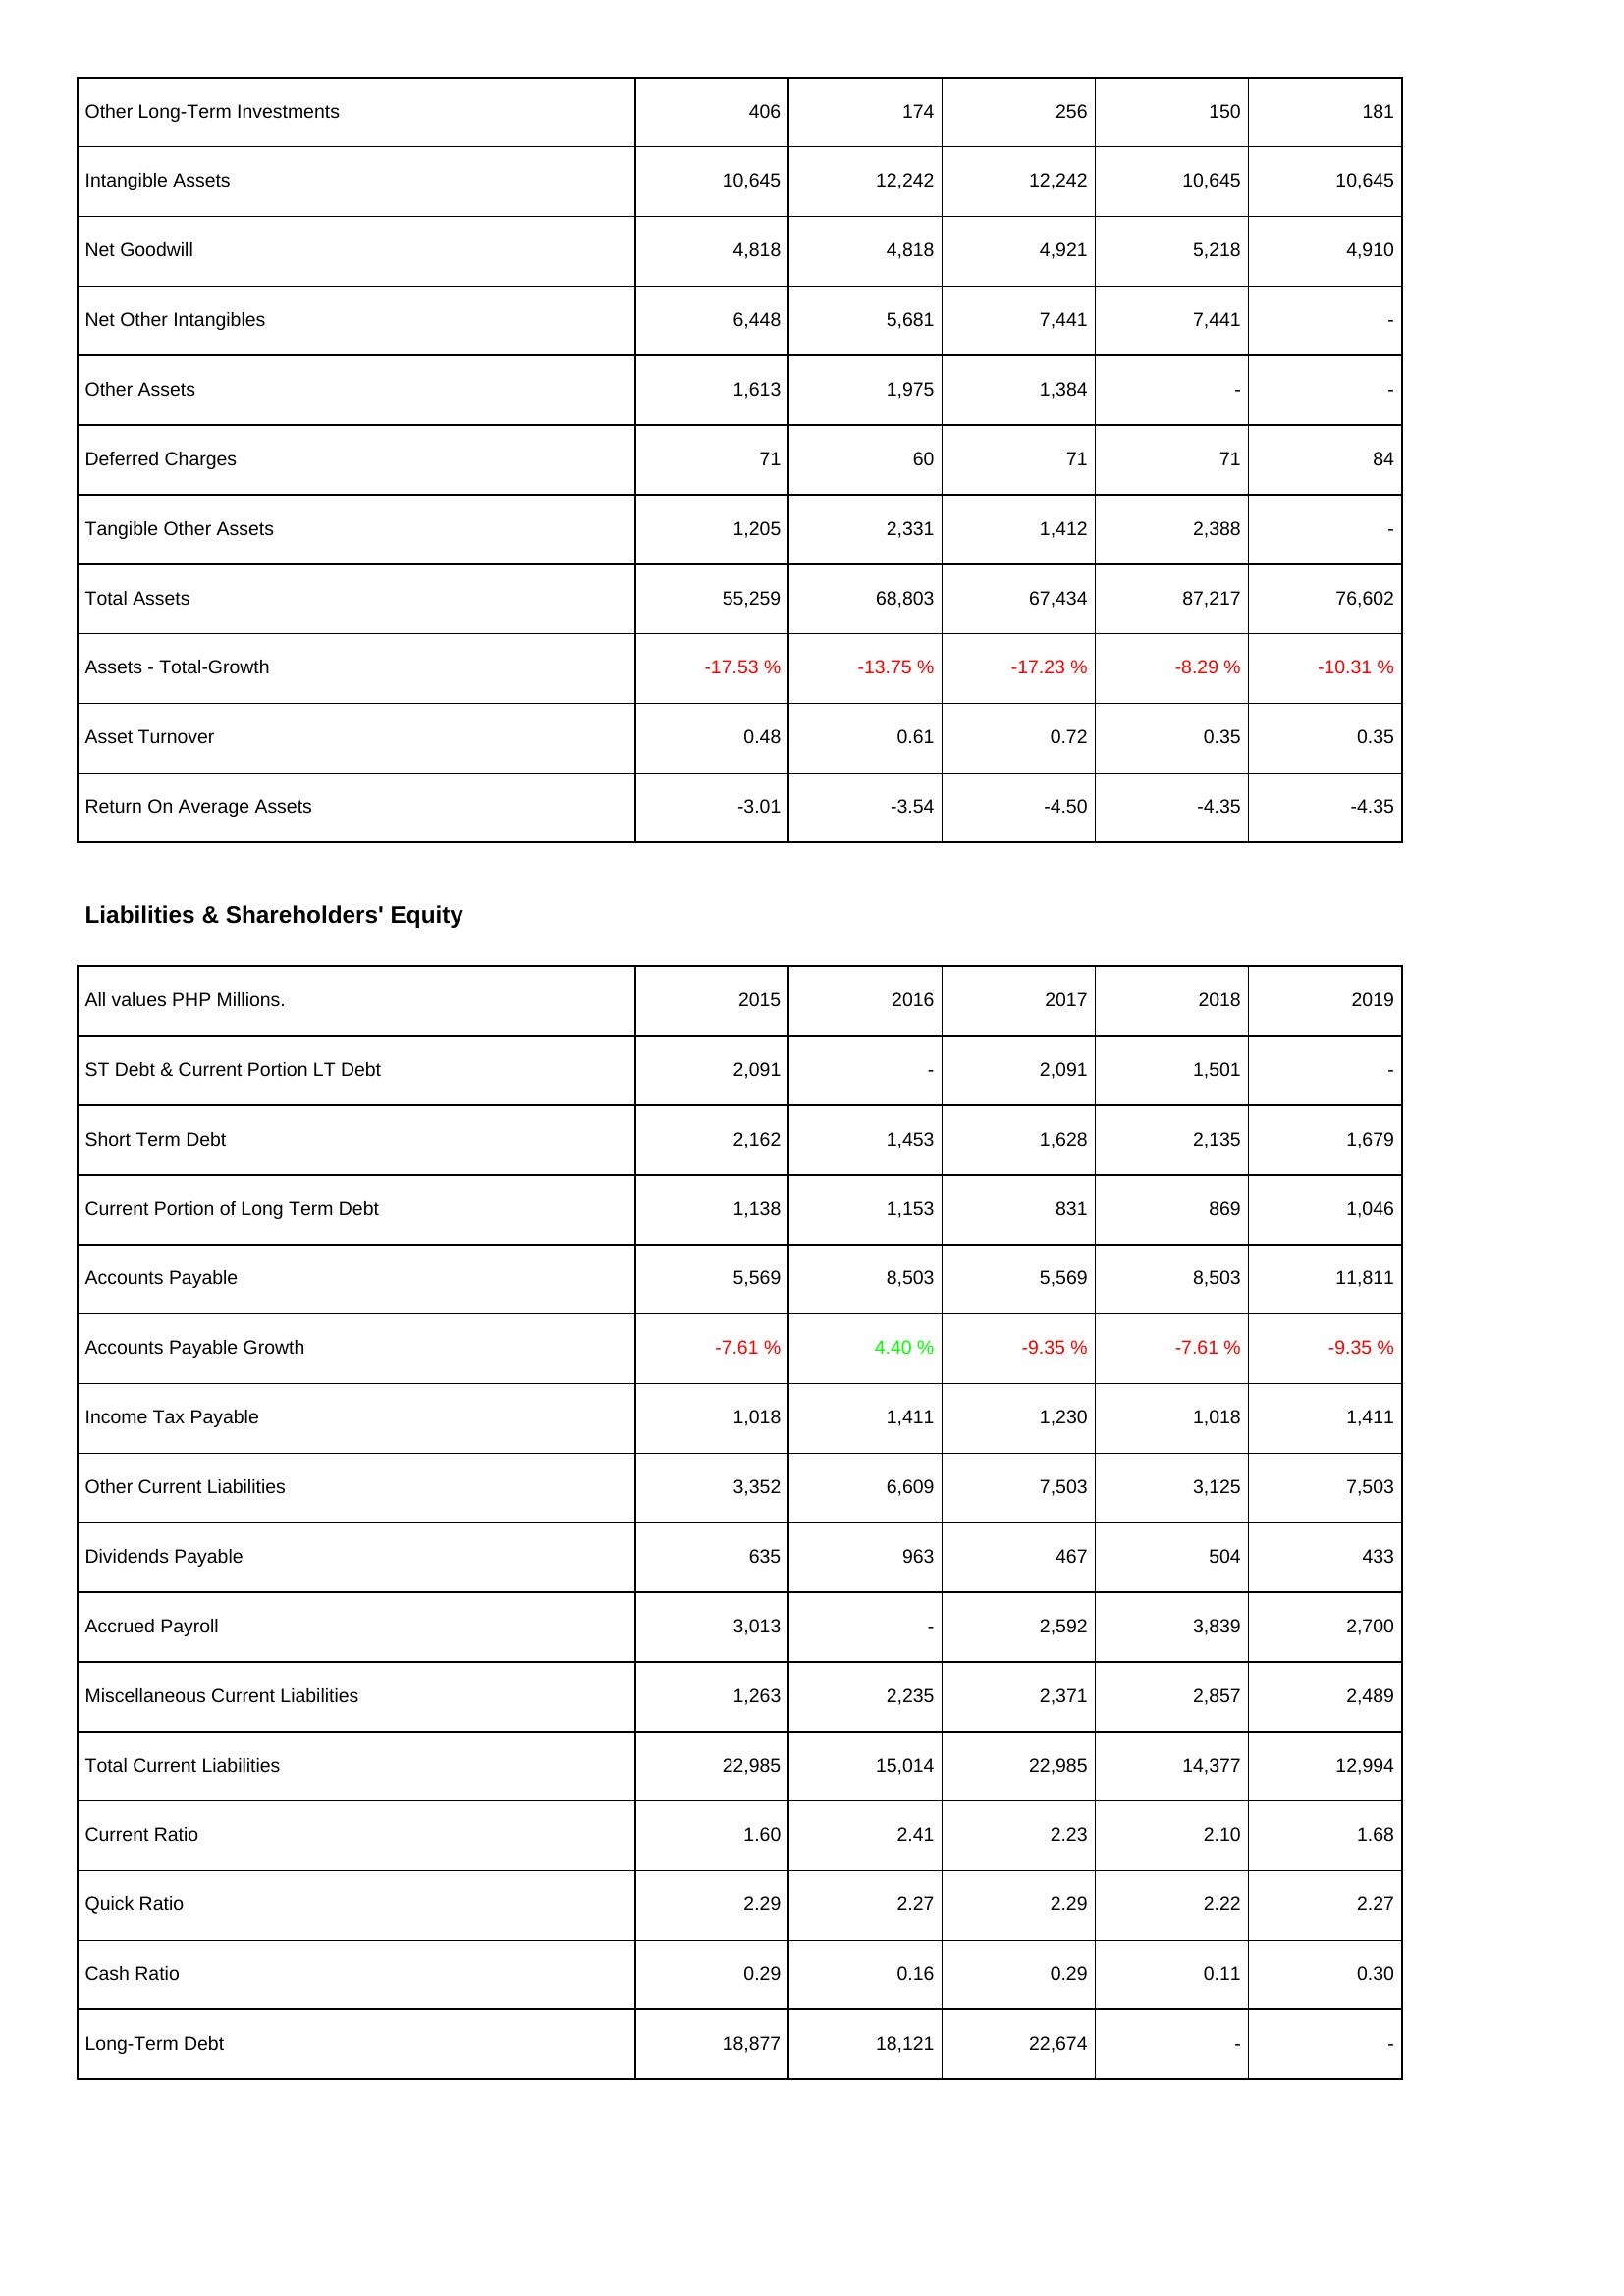
2015: Assets: Other Long-Term Investments: 406
Intangible Assets: 10,645
Net Goodwill: 4,818
Net Other Intangibles: 6,448
Other Assets: 1,613
Deferred Charges: 71
Tangible Other Assets: 1,205
Total Assets: 55,259
Assets - Total-Growth: -17.53 %
Asset Turnover: 0.48
Return On Average Assets: -3.01
Liabilities & Shareholders' Equity: ST Debt & Current Portion LT Debt: 2,091
Short Term Debt: 2,162
Current Portion of Long Term Debt: 1,138
Accounts Payable: 5,569
Accounts Payable Growth: -7.61 %
Income Tax Payable: 1,018
Other Current Liabilities: 3,352
Dividends Payable: 635
Accrued Payroll: 3,013
Miscellaneous Current Liabilities: 1,263
Total Current Liabilities: 22,985
Current Ratio: 1.60
Quick Ratio: 2.29
Cash Ratio: 0.29
Long-Term Debt: 18,877
2016: Assets: Other Long-Term Investments: 174
Intangible Assets: 12,242
Net Goodwill: 4,818
Net Other Intangibles: 5,681
Other Assets: 1,975
Deferred Charges: 60
Tangible Other Assets: 2,331
Total Assets: 68,803
Assets - Total-Growth: -13.75 %
Asset Turnover: 0.61
Return On Average Assets: -3.54
Liabilities & Shareholders' Equity: ST Debt & Current Portion LT Debt: -
Short Term Debt: 1,453
Current Portion of Long Term Debt: 1,153
Accounts Payable: 8,503
Accounts Payable Growth: 4.40 %
Income Tax Payable: 1,411
Other Current Liabilities: 6,609
Dividends Payable: 963
Accrued Payroll: -
Miscellaneous Current Liabilities: 2,235
Total Current Liabilities: 15,014
Current Ratio: 2.41
Quick Ratio: 2.27
Cash Ratio: 0.16
Long-Term Debt: 18,121
2017: Assets: Other Long-Term Investments: 256
Intangible Assets: 12,242
Net Goodwill: 4,921
Net Other Intangibles: 7,441
Other Assets: 1,384
Deferred Charges: 71
Tangible Other Assets: 1,412
Total Assets: 67,434
Assets - Total-Growth: -17.23 %
Asset Turnover: 0.72
Return On Average Assets: -4.50
Liabilities & Shareholders' Equity: ST Debt & Current Portion LT Debt: 2,091
Short Term Debt: 1,628
Current Portion of Long Term Debt: 831
Accounts Payable: 5,569
Accounts Payable Growth: -9.35 %
Income Tax Payable: 1,230
Other Current Liabilities: 7,503
Dividends Payable: 467
Accrued Payroll: 2,592
Miscellaneous Current Liabilities: 2,371
Total Current Liabilities: 22,985
Current Ratio: 2.23
Quick Ratio: 2.29
Cash Ratio: 0.29
Long-Term Debt: 22,674
2018: Assets: Other Long-Term Investments: 150
Intangible Assets: 10,645
Net Goodwill: 5,218
Net Other Intangibles: 7,441
Other Assets: -
Deferred Charges: 71
Tangible Other Assets: 2,388
Total Assets: 87,217
Assets - Total-Growth: -8.29 %
Asset Turnover: 0.35
Return On Average Assets: -4.35
Liabilities & Shareholders' Equity: ST Debt & Current Portion LT Debt: 1,501
Short Term Debt: 2,135
Current Portion of Long Term Debt: 869
Accounts Payable: 8,503
Accounts Payable Growth: -7.61 %
Income Tax Payable: 1,018
Other Current Liabilities: 3,125
Dividends Payable: 504
Accrued Payroll: 3,839
Miscellaneous Current Liabilities: 2,857
Total Current Liabilities: 14,377
Current Ratio: 2.10
Quick Ratio: 2.22
Cash Ratio: 0.11
Long-Term Debt: -
2019: Assets: Other Long-Term Investments: 181
Intangible Assets: 10,645
Net Goodwill: 4,910
Net Other Intangibles: -
Other Assets: -
Deferred Charges: 84
Tangible Other Assets: -
Total Assets: 76,602
Assets - Total-Growth: -10.31 %
Asset Turnover: 0.35
Return On Average Assets: -4.35
Liabilities & Shareholders' Equity: ST Debt & Current Portion LT Debt: -
Short Term Debt: 1,679
Current Portion of Long Term Debt: 1,046
Accounts Payable: 11,811
Accounts Payable Growth: -9.35 %
Income Tax Payable: 1,411
Other Current Liabilities: 7,503
Dividends Payable: 433
Accrued Payroll: 2,700
Miscellaneous Current Liabilities: 2,489
Total Current Liabilities: 12,994
Current Ratio: 1.68
Quick Ratio: 2.27
Cash Ratio: 0.30
Long-Term Debt: -